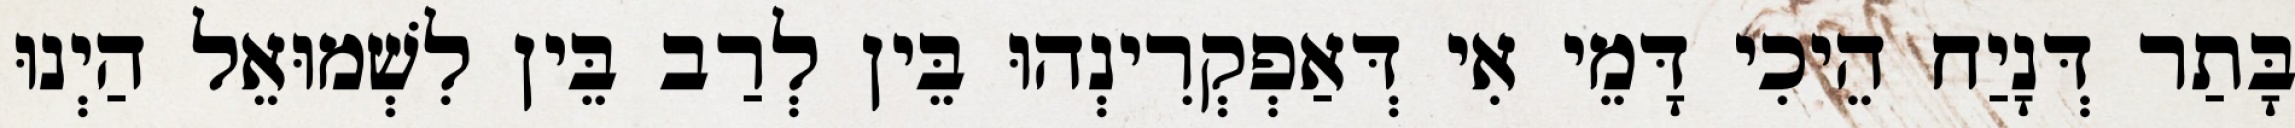
בָּתַר דְּנָיַח הֵיכִי דָּמֵי אִי דְּאַפְקְרִינְהוּ בֵּין לְרַב בֵּין לִשְׁמוּאֵל הַיְנוּ